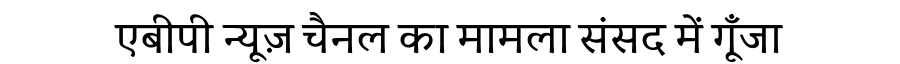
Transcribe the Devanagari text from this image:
एबीपी न्यूज़ चैनल का मामला संसद में गूँजा